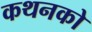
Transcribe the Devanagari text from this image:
कथनको